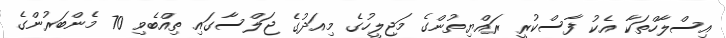
އިސްލާހްތަކާ އެކު ފާސްކުރީ ރައްޔިތުންގެ މަޖިލީހުގެ މިއަދުގެ ޖަލްސާގައި ތިއްބެވި 70 މެންބަރުންގެ